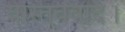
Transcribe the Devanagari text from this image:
वास्तववाद।